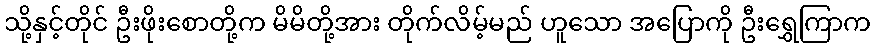
သို့နှင့်တိုင် ဦးဖိုးစောတို့က မိမိတို့အား တိုက်လိမ့်မည် ဟူသော အပြောကို ဦးရွှေကြာက